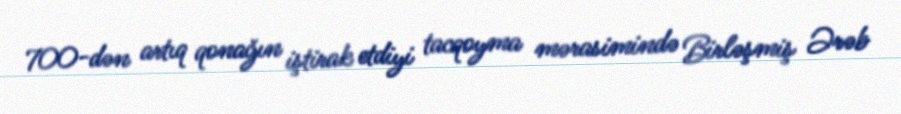
700-dən artıq qonağın iştirak etdiyi tacqoyma mərasimində Birləşmiş Ərəb